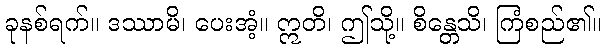
ခုနစ်ရက်။ ဒဿာမိ၊ ပေးအံ့။ ဣတိ၊ ဤသို့။ စိန္တေသိ၊ ကြံစည်၏။